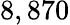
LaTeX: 8,870